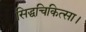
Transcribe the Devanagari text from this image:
सिद्धचिकित्सा।